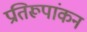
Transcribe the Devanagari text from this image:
प्रतिरूपांकन